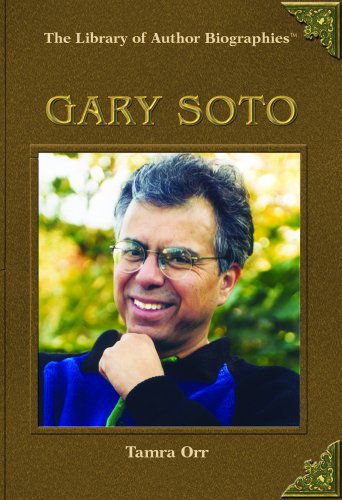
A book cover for Gary Soto (Library of Author Biographies); Tamra Orr; Teen & Young Adult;